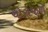
ચોરામાળ